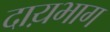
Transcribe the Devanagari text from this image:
दाय़भाग